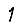
Digit: 1